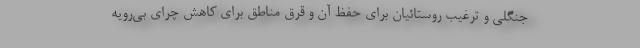
جنگلی و ترغیب روستائیان برای حفظ آن و قرق مناطق برای کاهش چرای بی‌رویه